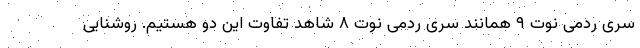
سری ردمی نوت ۹ همانند سری ردمی نوت ۸ شاهد تفاوت این دو هستیم. روشنایی